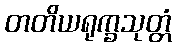
တတိယရုက္ခသုတ္တံ